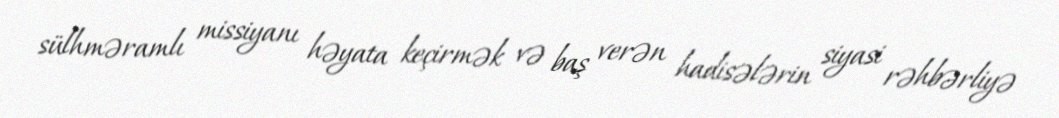
sülhməramlı missiyanı həyata keçirmək və baş verən hadisələrin siyasi rəhbərliyə